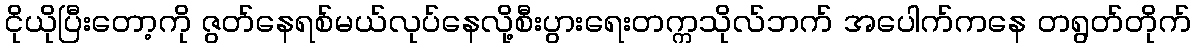
ငိုယိုပြီးတော့ကို ဇွတ်နေရစ်မယ်လုပ်နေလို့စီးပွားရေးတက္ကသိုလ်ဘက် အပေါက်ကနေ တရွတ်တိုက်